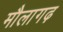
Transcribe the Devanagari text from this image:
मौलागढ़